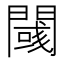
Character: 𲈯